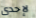
لإحدى